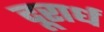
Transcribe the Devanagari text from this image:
दूरार्ध